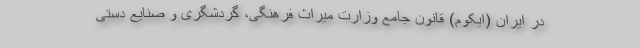
در ایران (ایکوم) قانون جامع وزارت میراث فرهنگی، گردشگری و صنایع دستی